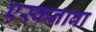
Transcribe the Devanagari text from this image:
एस्कनाबा